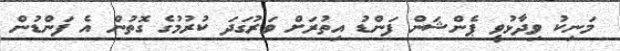
މަނިކު ވިދާޅުވީ ޕެންޝަން ފަންޑު އިތުރަށް ވަރުގަދަ ކުރުމުގެ ގޮތުން އެ ފަންޑުން